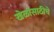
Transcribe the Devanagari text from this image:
खेळांसाठीचे